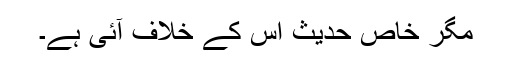
مگر خاص حدیث اس کے خلاف آئی ہے۔